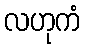
လဟုကံ